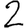
Digit: 2